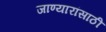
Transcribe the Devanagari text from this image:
जाण्यारांसाठी